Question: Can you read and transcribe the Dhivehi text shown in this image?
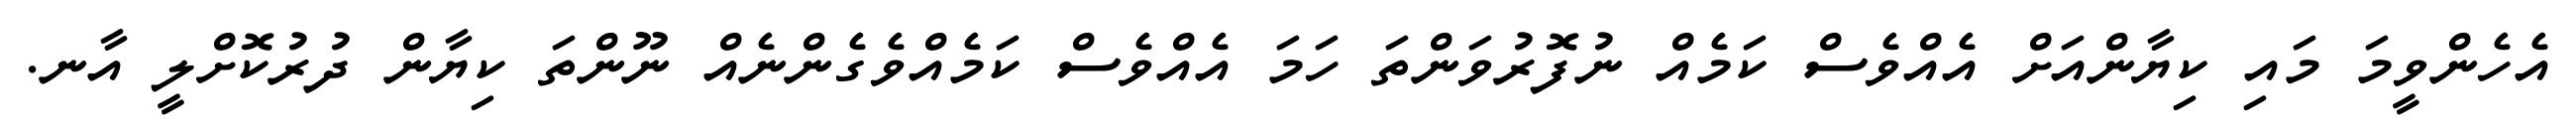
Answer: އެހެންވީމަ މައި ކިޔާންއަށް އެއްވެސް ކަމެއް ނުފޮރުވަންތަ ހަމަ އެއްވެސް ކަމެއްވެގެންނެއް ނޫންތަ ކިޔާން ދުރުކޮށްލީ އާނ.